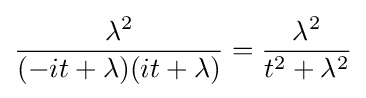
{\frac {\lambda ^{2}}{(-it+\lambda )(it+\lambda )}}={\frac {\lambda ^{2}}{t^{2}+\lambda ^{2}}}